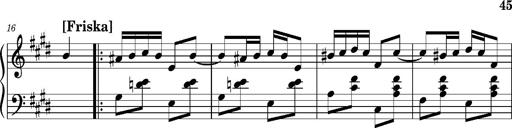
Title: Ungarischer Romanzero
Composer: Franz Liszt